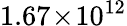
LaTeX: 1.67\! \times\! 10^{12}